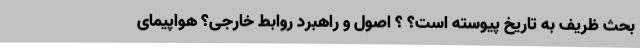
بحث ظریف به تاریخ پیوسته است؟ ؟ اصول و راهبرد روابط خارجی؟ هواپیمای